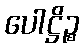
ပေါဋ္ဌိဉ္စ